Malaria in the Andamans - Number 56
Disease focus: Malaria
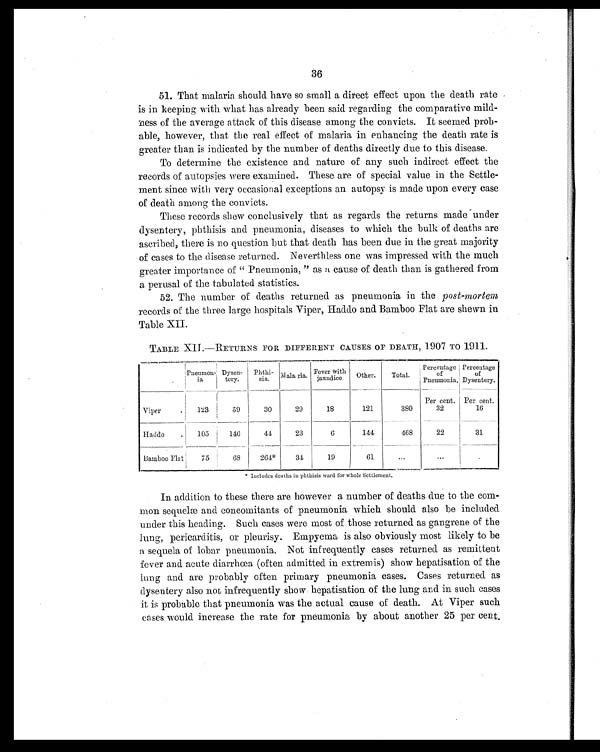
36
5 1 . T h a t m a l a r i a s h o u l d h a v e s o s m a l l a d i r e c t e f f e c t u p o n t h e d e a t h r a t e
is in keeping with what has already been said regarding the comparative mild-
ness of the average attack of this disease among the convicts. It seemed prob-
able, however, that the real effect of malaria in enhancing the death rate is
greater than is indicated by the number of deaths directly due to this disease.
To determine the existence and nature of any such indirect effect the
records of autopsies were examined. These are of special value in the Settle-
ment since with very occasional exceptions an autopsy is made upon every case
of death among the convicts.
These records show conclusively that as regards the returns made under
dysentery, phthisis and pneumonia, diseases to which the bulk of deaths are
ascribed, there is no question but that death has been due in the great majority
of cases to the disease returned. Neverthless one was impressed with the much
greater importance of " Pneumonia, " as a cause of death than is gathered from
a perusal of the tabulated statistics.
52. The number of deaths returned as pneumonia in the post-mortem
records of the three large hospitals Viper, Haddo and Bamboo Flat are shewn in
Table XII.
TABLE XII.—RETURNS FOR DIFFERENT CAUSES OF DEATH, 1907 TO 1911.
Pneumon-
ia
Dysen-
tery.
Phthi-
sis.
Malaria.
Fever wit
h jaundice. Other.
Total.
Percentage
of
Pneumonia.
Percentage
of
Dysentery.
Viper
123
59
30
29
18
121
380
Per cent.
32
Per cent.
16
Haddo
105
146
44
23
6
144
468
22
31
Bamboo Flat
75
68
264*
34
19
61
...
...
...
* Includes deaths in phthisis ward for whole Settlement.
In addition to these there are however a number of deaths due to the com-
mon sequelæ and concomitants of pneumonia which should also be included
under this heading. Such cases were most of those returned as gangrene of the
lung, pericarditis, or pleurisy. Empyema is also obviously most likely to be
a sequela of lobar pneumonia. Not infrequently cases returned as remittent
fever and acute diarrhœa (often admitted in extremis) show hepatisation of the
lung and are probably often primary pneumonia cases. Cases returned as
dysentery also not infrequently show hepatisation of the lung and in such cases
it is probable that pneumonia was the actual cause of death. At Viper such
cases would increase the rate for pneumonia by about another 25 per cent.